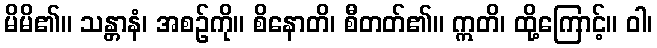
မိမိ၏။ သန္တာနံ၊ အစဉ်ကို။ စိနောတိ၊ စီတတ်၏။ ဣတိ၊ ထို့ကြောင့်။ ဝါ၊